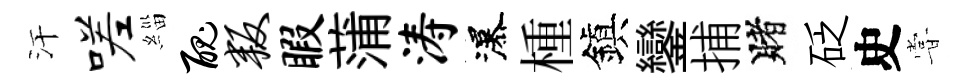
汗嗟緇丑叛暇蒲涛瀑㮔鎭鑾捕賭砭史甞